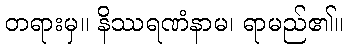
တရားမှ။ နိဿရဏံနာမ၊ ရာမည်၏။